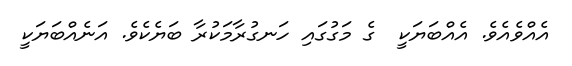
އެއްވެއެވެ. އެއްބަޔަކީ  ގެ މަގުގައި ހަނގުރާމަކުރާ ބަޔެކެވެ. އަނެއްބަޔަކީ